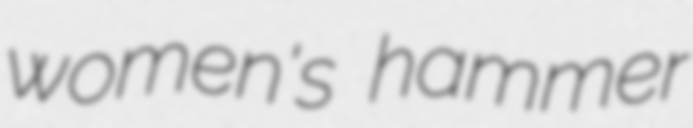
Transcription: women's hammer